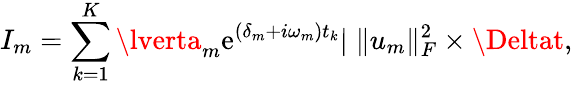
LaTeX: I_{m}=\sum_{k=1}^{K}\lverta_{m}\mathrm{e}^{(\delta_{m}+i\omega_{m})t_{k}}\rvert\; \| u_{m}\| _{F}^{2}\times\Deltat,